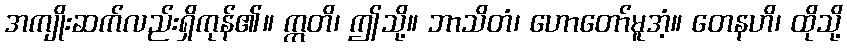
အကျိုးဆက်လည်းရှိကုန်၏။ ဣတိ၊ ဤသို့။ ဘာသိတံ၊ ဟောတော်မူအံ့။ တေနဟိ၊ ထိုသို့